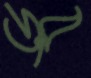
ড্রর